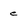
Character: e